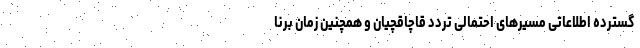
گسترده اطلاعاتی مسیرهای احتمالی تردد قاچاقچیان و همچنین زمان برنا